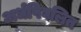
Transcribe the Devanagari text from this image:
अर्धपिघलित